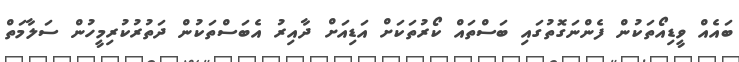
ބައެއް ވީޑިއޯތަކުން ފެންނަގޮތުގައި ބަސްތައް ކޯރުތަކަށް އަޑިއަށް ދާއިރު އެބަސްތަކުން ދަތުރުކުރިމީހުން ސަލާމަތް